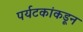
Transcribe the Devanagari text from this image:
पर्यटकांकडून